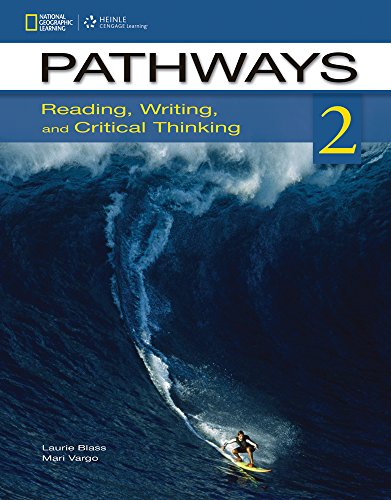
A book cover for Pathways 2: Reading, Writing, and Critical Thinking; Laurie Blass; Reference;